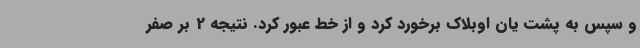
و سپس به پشت یان اوبلاک برخورد کرد و از خط عبور کرد. نتیجه 2 بر صفر